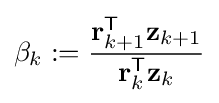
\beta _{k}:={\frac {\mathbf {r} _{k+1}^{\mathsf {T}}\mathbf {z} _{k+1}}{\mathbf {r} _{k}^{\mathsf {T}}\mathbf {z} _{k}}}